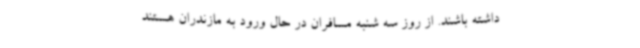
داشته باشند. از روز سه شنبه مسافران در حال ورود به مازندران هستند